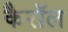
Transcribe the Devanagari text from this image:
कैरॉल